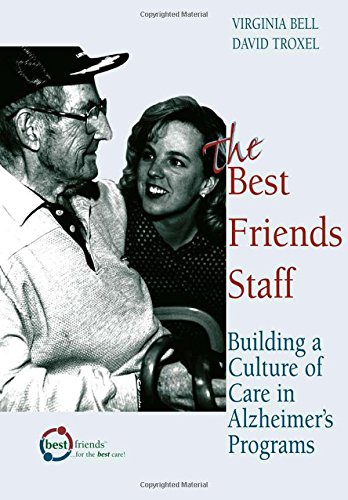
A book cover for The Best Friends Staff: Building a Culture of Care in Alzheimer's Programs; Virginia Bell; Parenting & Relationships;